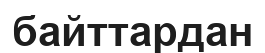
байттардан